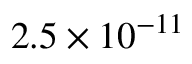
2 . 5 \times 1 0 ^ { - 1 1 }